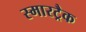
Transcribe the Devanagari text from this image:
स्मारट्रैक